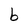
Character: b